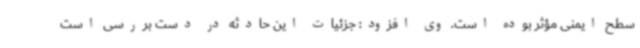
سطح ایمنی مؤثر بوده است. وی افزود: جزئیات این حادثه در دست بررسی است